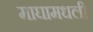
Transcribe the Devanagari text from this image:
माघामधली